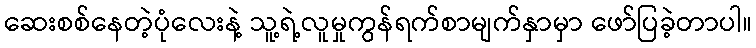
ဆေးစစ်နေတဲ့ပုံလေးနဲ့ သူ့ရဲ့လူမှုကွန်ရက်စာမျက်နှာမှာ ဖော်ပြခဲ့တာပါ။